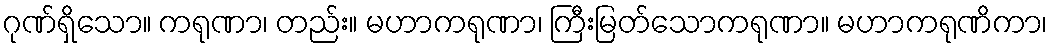
ဂုဏ်ရှိသော။ ကရုဏာ၊ တည်း။ မဟာကရုဏာ၊ ကြီးမြတ်သောကရုဏာ။ မဟာကရုဏိကာ၊